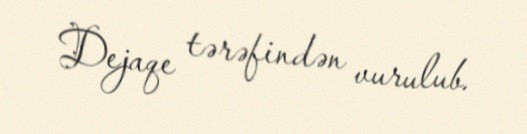
Dejaqe tərəfindən vurulub.